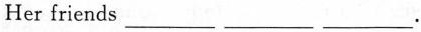
Her friends ___ ___ ___.